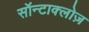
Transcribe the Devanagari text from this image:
सॉन्टाक्लोज़